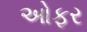
ઓફર